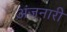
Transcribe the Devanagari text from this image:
अंजनारी